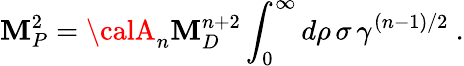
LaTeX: \mathbf{M}_{P}^{2}={\calA}_{n}\mathbf{M}_{D}^{n+2}\int_{0}^{\infty}d\rho\, \sigma\, \gamma^{(n-1)/2}~.